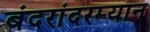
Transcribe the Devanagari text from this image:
बंदरांदरम्यान